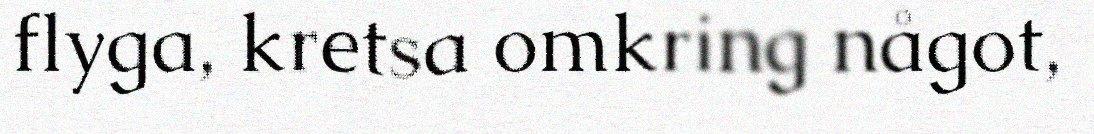
flyga, kretsa omkring något,